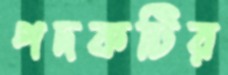
পদকটির